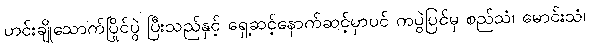
ဟင်းချိုသောက်ပြိုင်ပွဲ ပြီးသည်နှင့် ရှေ့ဆင့်နောက်ဆင့်မှာပင် ကပွဲပြင်မှ စည်သံ၊ မောင်းသံ၊